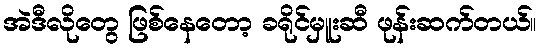
အဲဒီလိုတွေ ဖြစ်နေတော့ ခရိုင်မှူးဆီ ဖုန်းဆက်တယ်။